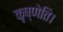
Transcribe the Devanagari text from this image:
कृष्णेति।